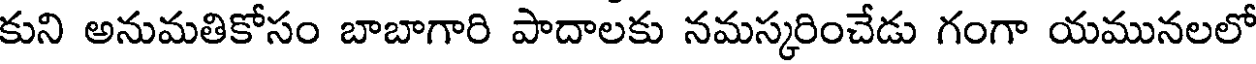
కుని అనుమతికోసం బాబాగారి పాదాలకు నమస్కరించేడు గంగా యమునలలో